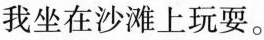
我坐在沙滩上玩耍。